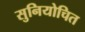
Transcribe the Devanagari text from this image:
सुनियोचित